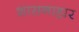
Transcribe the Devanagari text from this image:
शासनाहार